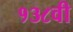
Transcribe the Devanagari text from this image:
१३८वी